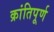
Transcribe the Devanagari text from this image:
क्रांतिपूर्ण